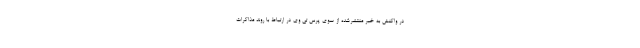
در واکنش به خبر منتشرشده از سوی پرس تی وی در ارتباط با روند مذاکرات